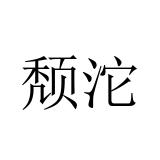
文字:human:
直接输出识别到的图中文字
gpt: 颓沱